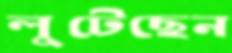
লুটেছেন